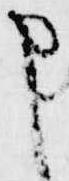
申